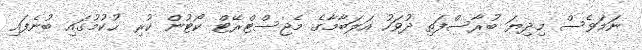
ނަމަވެސް މިދިޔަ ބުރާސްފަތި ދުވަހު އަލަބާމާގެ މެޖިސްޓްރޭޓް ކޯޓުން ކުރި ޙުކުމުގައި ބުނެފައި